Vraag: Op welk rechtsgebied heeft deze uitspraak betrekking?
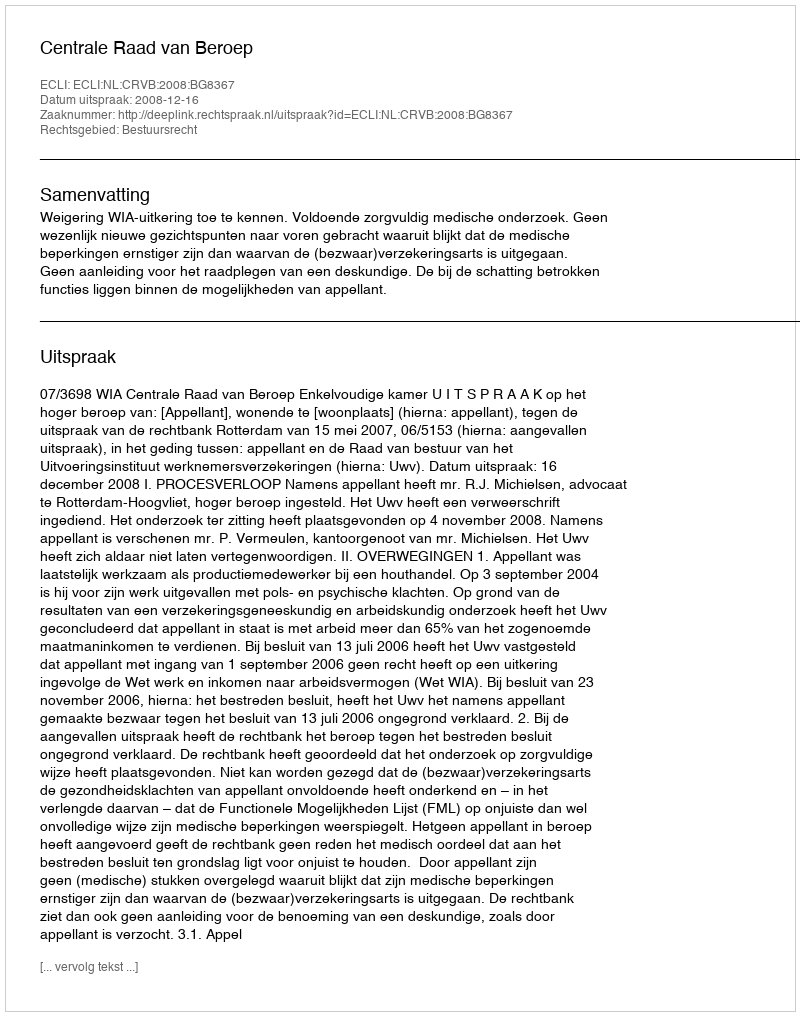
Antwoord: Bestuursrecht